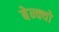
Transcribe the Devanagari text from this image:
बेन्क्यो